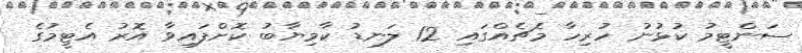
ސަންޓީމު ކުޅުނު ހުރިހާ މެޗެއްގައި 12 ލަނޑު ކާމިޔާބު ކޮށްފައިވާ އޮރު އެޓީމުގެ